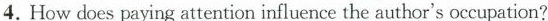
4.How does paying attention influence the author's occupation?